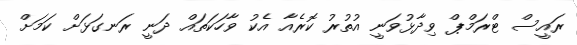
ރައީސް ޓްރަމްޕް ވިދާޅުވަނީ އުތުރު ކޮރެއާ އެކު ވާހަކަތައް ދަނީ ރަނގަޅަށް ކަމަށް